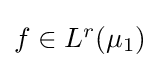
{\textstyle f\in L^{r}(\mu _{1})}